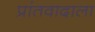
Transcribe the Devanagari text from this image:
प्रांतवादाला